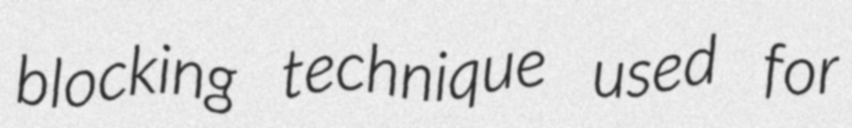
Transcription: blocking technique used for